65_HS1-834228961_62-HQ-83894_Section_2
Agency: FBI
Page 70
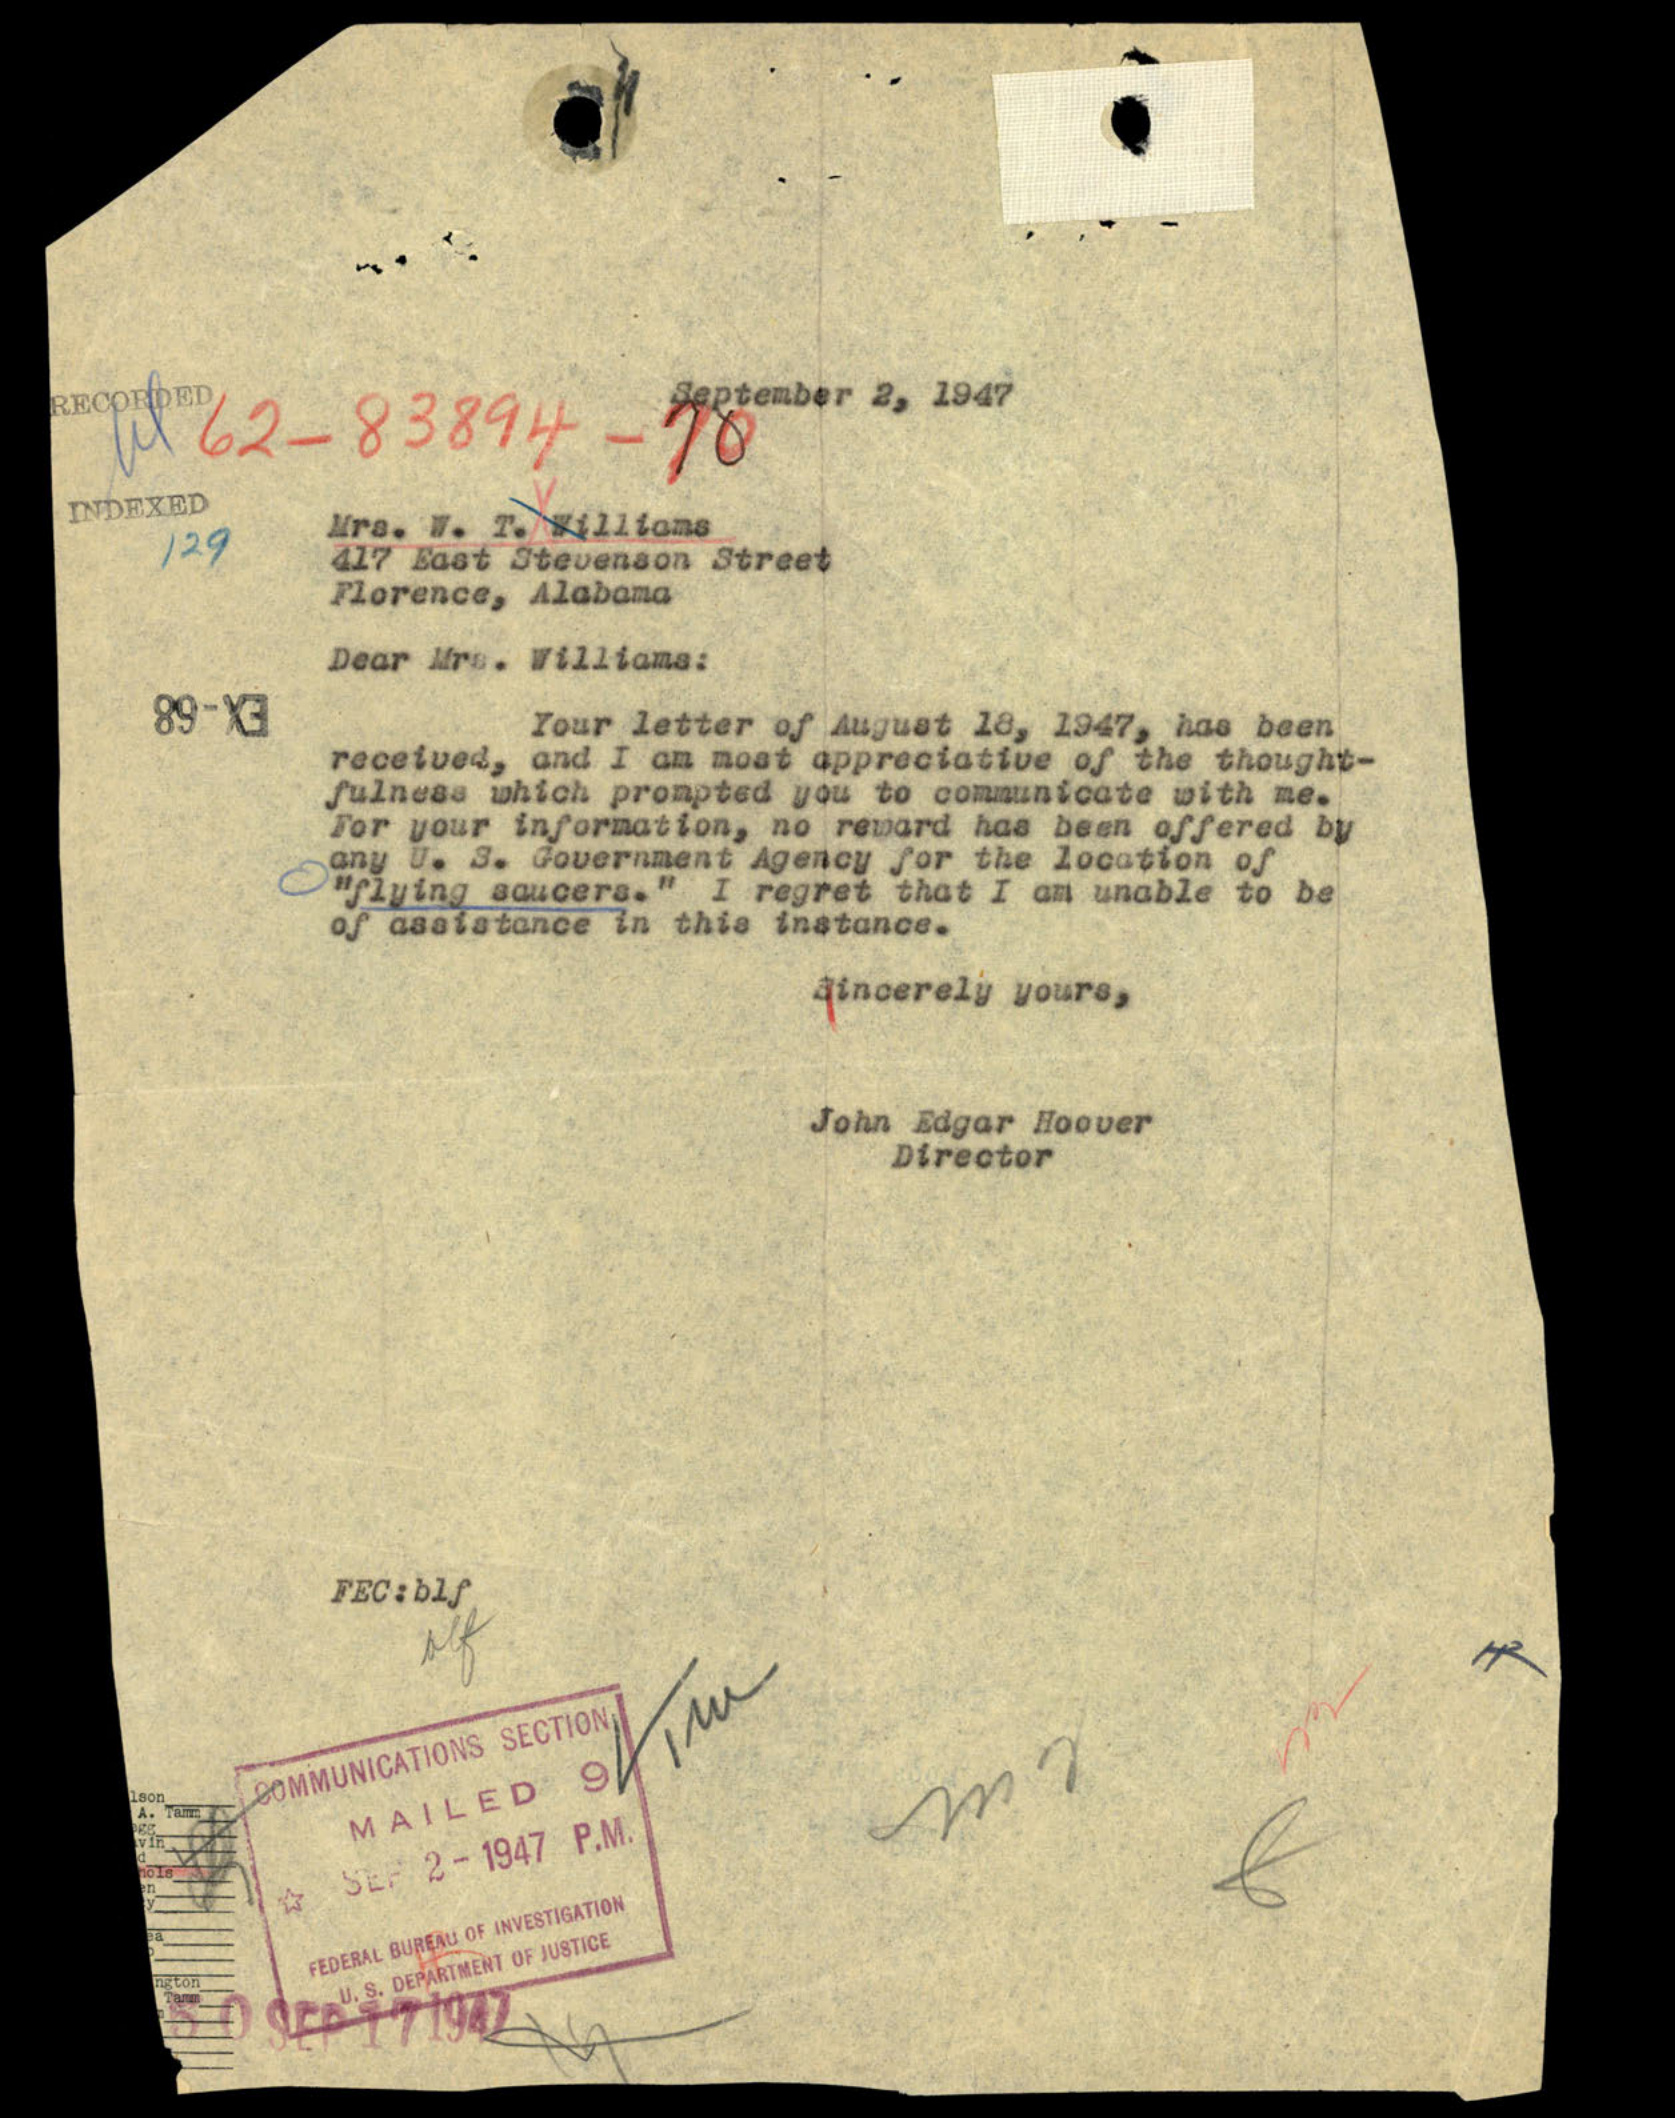